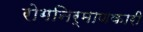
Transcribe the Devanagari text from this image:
रोगनिर्माणकारी